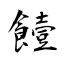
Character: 饐